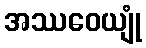
အဿဝေယျုံ